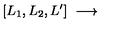
[ L _ { 1 } , L _ { 2 } , L ^ { \prime } ] \ \longrightarrow \ \makebox [ 6 c m ] [ l ] { \displaystyle \bigoplus _ { J } \ N _ { L _ { 1 } L ^ { \prime } } ^ { k } { } ^ { J } \ [ J , L _ { 2 } , 0 ] . }